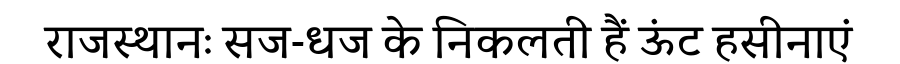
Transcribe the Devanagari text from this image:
राजस्थानः सज-धज के निकलती हैं ऊंट हसीनाएं